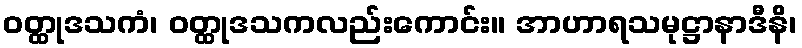
ဝတ္ထုဒသကံ၊ ဝတ္ထုဒသကလည်းကောင်း။ အာဟာရသမုဋ္ဌာနာဒီနိ၊